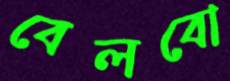
বেলবো